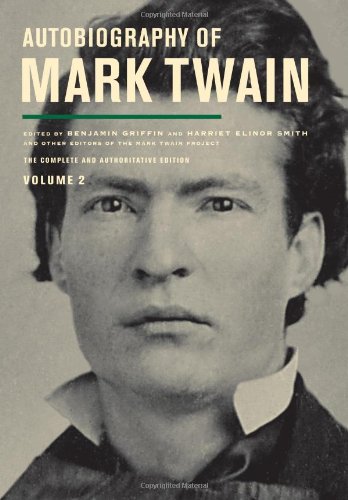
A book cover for Autobiography of Mark Twain, Volume 2: The Complete and Authoritative Edition (Mark Twain Papers); Mark Twain; Literature & Fiction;